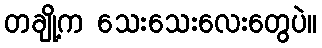
တချို့က သေးသေးလေးတွေပဲ။